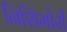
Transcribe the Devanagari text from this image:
निशिमोरी